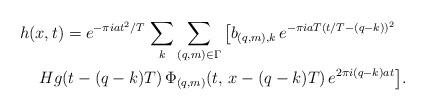
LaTeX: \begin{align*}h(x,t) & =e^{-\pi i a t^2/T}\,\sum_k \sum_{(q,m)\in\Gamma} \big[b_{(q,m),k}\,e^{-\pi i a T(t/T - (q-k))^2 } \\ & \hskip-.25inH g(t- (q-k)T)\,\Phi_{(q,m)}(t , \, x -(q-k)T) \, e^{2\pi i (q-k)at}\big].\end{align*}